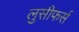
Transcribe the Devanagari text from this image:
लुसीफर्स